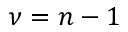
\nu = n - 1